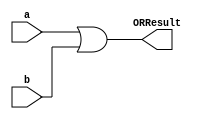
`timescale 1ns / 1ps
//////////////////////////////////////////////////////////////////////////////////
// Company: 
// Engineer: 
// 
// Design Name: 
// Module Name: ORGate
// Project Name: 
// Target Devices: 
// Tool Versions: 
// Description: 
// 
// Dependencies: 
// 
// Revision:
// Revision 0.01 - File Created
// Additional Comments:
// 
//////////////////////////////////////////////////////////////////////////////////


module ORGate(
    input a,
    input b,
    output ORResult
);
    assign ORResult = a | b;
endmodule